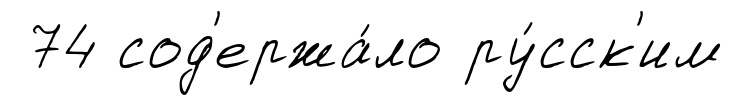
74 сод'ержа́ло ру́сск'им